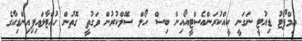
އިމްޕޯޓު ޑިއުޓީ ނަގަނީ ކީއްކުރަންއެސްޓީއޯއިން ބިސް ހޯލް ސޭލްކުރުން ވަގުތީ ގޮތުން ހުއްޓާލައިފިއިންޑިއާގެ